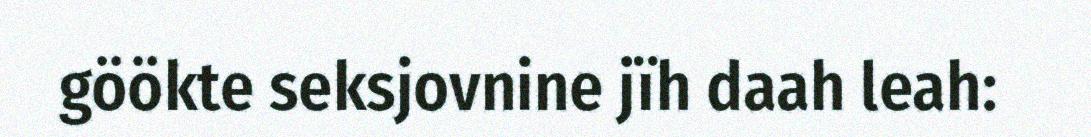
göökte seksjovnine jïh daah leah: